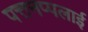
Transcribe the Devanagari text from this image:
पत्तनप्पलाई